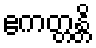
ဧကတ္တန္တိ